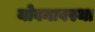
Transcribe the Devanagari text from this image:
योवनावस्था